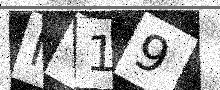
Text: MY19